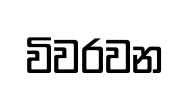
විවරවන